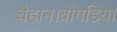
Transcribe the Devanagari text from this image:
चैहान।बांगडिया